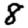
Digit: 8